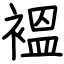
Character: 褞